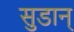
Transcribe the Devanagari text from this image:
सुडान्